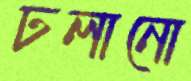
ঢলানো